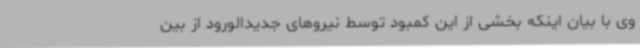
وی با بیان اینکه بخشی از این کمبود توسط نیروهای جدیدالورود از بین